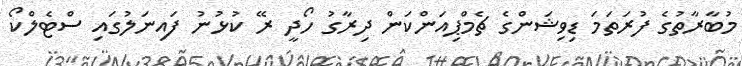
މުބާރާތުގެ ފުރަތަމަ ޑިވިޝަންގެ ޗެމްޕިއަންކަން ދިރާގު ހޯދީ ރޭ ކުޅުނު ފައިނަލުގައި ސްޓެލްކޯ